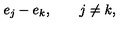
e _ { j } - e _ { k } , \qquad j \ne k ,